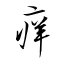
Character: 痒